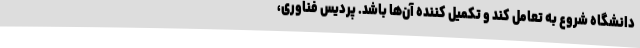
دانشگاه شروع به تعامل کند و تکمیل کننده آن‌ها باشد. پردیس فناوری،